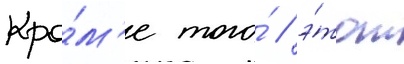
Кро́м'е того́ / э́тот